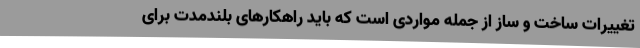
تغییرات ساخت و ساز از جمله مواردی است که باید راهکارهای بلندمدت برای